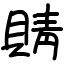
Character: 䝼